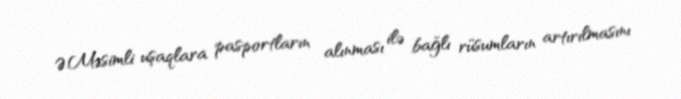
Ə.Məsimli uşaqlara pasportların alınması ilə bağlı rüsumların artırılmasını